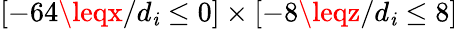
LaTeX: [-64\leqx/d_{\mathit{i}}\leq0]\times[-8\leqz/d_{\mathit{i}}\leq8]